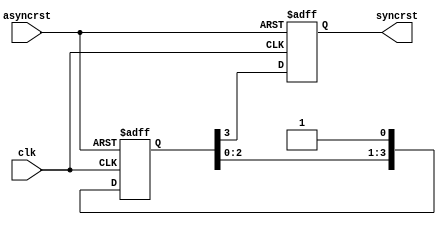
module sync_reset (clk, asyncrst, syncrst); 

  input  clk, asyncrst; 
  output reg syncrst; 

  reg    [3:0]rff1; 

  always @(posedge clk or negedge asyncrst) 
    if (!asyncrst) {syncrst, rff1} <= 5'b0; 
    else           {syncrst, rff1} <= {rff1, 1'b1}; 

endmodule